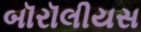
બૉરૉલીયસ